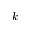
k